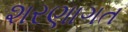
શરણાગત